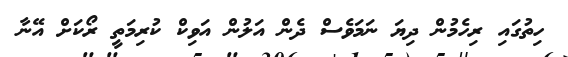
ހިތުގައި ރިހެމުން ދިޔަ ނަމަވެސް ދެން އަލުން އަވިކް ކުރިމަތީ ރޯކަށް އޭނާ